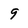
Character: 9